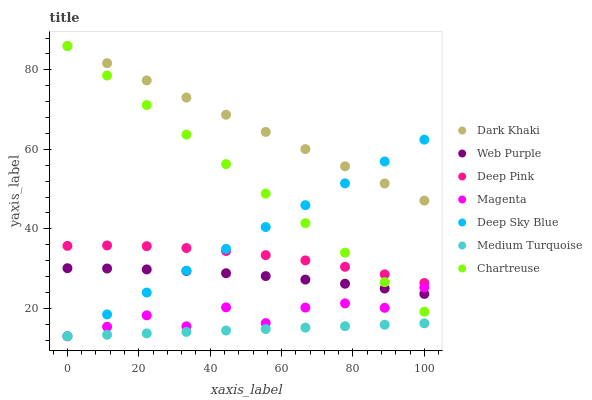
| xaxis_label | Dark Khaki | Web Purple | Deep Pink | Magenta | Deep Sky Blue | Medium Turquoise | Chartreuse |
 | --- | --- | --- | --- | --- | --- | --- | --- |
 | 0 | 86 | 30.1 | 35.7 | 13 | 13 | 13 | 86 |
 | 11.1 | 81.7 | 30 | 35.8 | 15.4 | 18.5 | 13.4 | 78.6 |
 | 22.2 | 77.4 | 29.8 | 35.7 | 18.3 | 24 | 13.7 | 71.2 |
 | 33.3 | 73 | 29.4 | 35.2 | 15.5 | 29.5 | 14.1 | 63.7 |
 | 44.4 | 68.7 | 28.9 | 34.4 | 20.3 | 35 | 14.4 | 56.3 |
 | 55.6 | 64.4 | 28.1 | 33.4 | 16.3 | 40.5 | 14.8 | 48.9 |
 | 66.7 | 60.1 | 27.3 | 32.1 | 20.2 | 46 | 15.2 | 41.5 |
 | 77.8 | 55.8 | 26.2 | 30.5 | 21.3 | 51.5 | 15.5 | 34 |
 | 88.9 | 51.4 | 25 | 28.6 | 20.1 | 57 | 15.9 | 26.6 |
 | 100 | 47.1 | 23.6 | 26.4 | 25.3 | 62.4 | 16.3 | 19.2 |